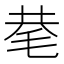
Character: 𰚖